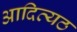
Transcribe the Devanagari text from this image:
आदित्यठ